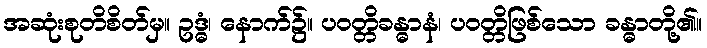
အဆုံးစုတိစိတ်မှ။ ဥဒ္ဓံ၊ နောက်၌။ ပဝတ္တိခန္ဓာနံ၊ ပဝတ္တိဖြစ်သော ခန္ဓာတို့၏။